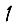
Digit: 1